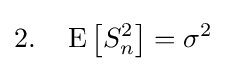
2.\quad \operatorname {E} \left[S_{n}^{2}\right]=\sigma ^{2}